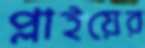
প্লাইয়ের